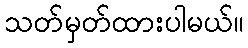
သတ်မှတ်ထားပါမယ်။